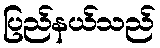
ပြည်နယ်သည်